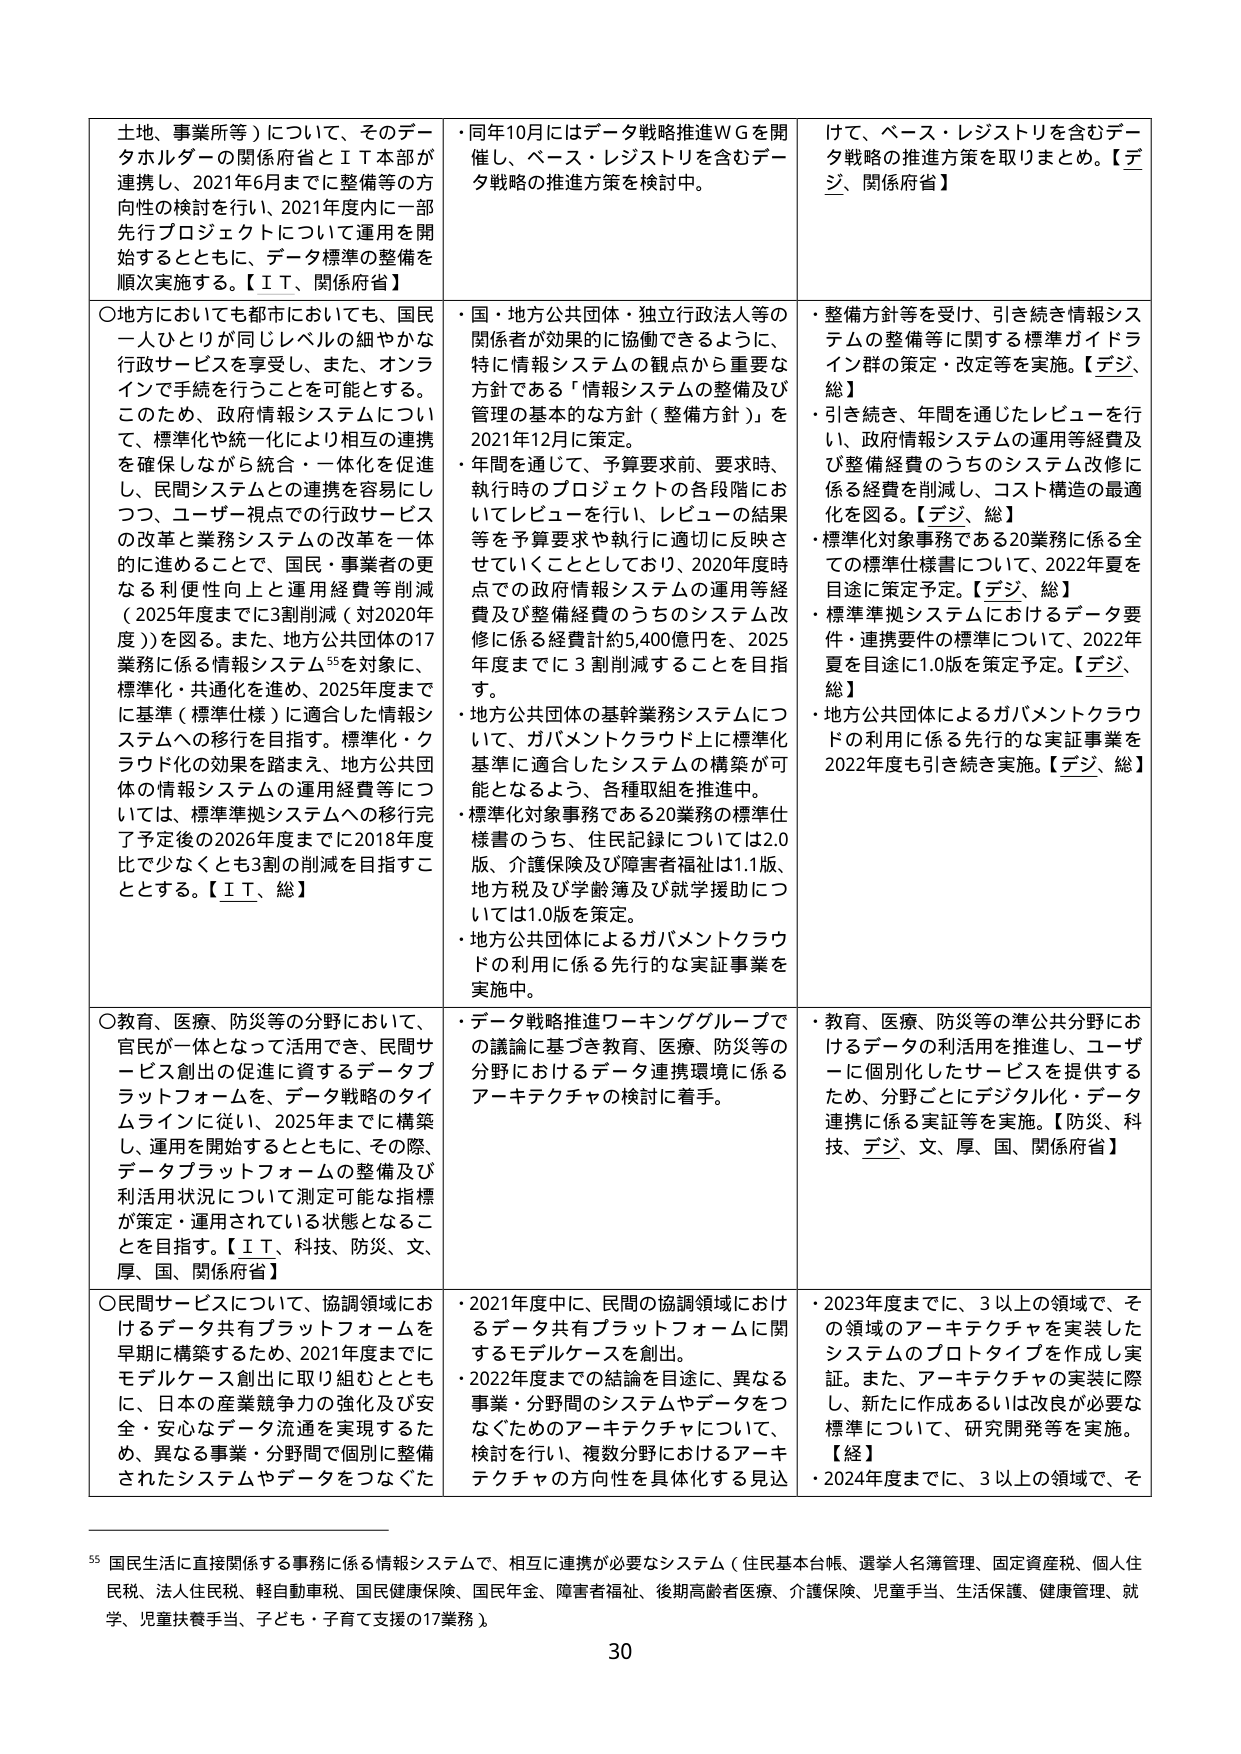
土地、事業所等）について、そのデータホルダーの関係府省とＩＴ本部が連携し、2021年6月までに整備等の方向性の検討を行い、2021年度内に一部先行プロジェクトについて運用を開始するとともに、データ標準の整備を順次実施する。【ＩＴ、関係府省】

○地方においても都市においても、国民一人ひとりが同じレベルの細やかな行政サービスを享受し、また、オンラインで手続を行うことを可能とする。このため、政府情報システムについて、標準化や統一化により相互の連携を確保しながら統合・一体化を促進し、民間システムとの連携を容易にしつつ、ユーザー視点での行政サービスの改善と業務システムの改革を一体的に進めることで、国民・事業者の更なる利便性向上と運用経費等削減（2025年度までに3割削減（対2020年度））を図る。また、地方公共団体の17業務に係る情報システム55を対象に、標準化・共通化を進め、2025年度までに基準（標準仕様）に適合した情報システムへの移行を目指す。標準化・クラウド化の効果を踏まえ、地方公共団体の情報システムの運用経費等については、標準準拠システムへの移行完了予定後の2026年度までに2018年度比で少なくとも3割の削減を目指すこととする。【ＩＴ、総】

○教育、医療、防災等の分野において、官民が一体となって活用でき、民間サービス創出の促進に資するデータプラットフォームを、データ戦略のタイムラインに従い、2025年までに構築し、運用を開始するとともに、その際、データプラットフォームの整備及び利活用状況について測定可能な指標が策定・運用されている状態となることを目指す。【ＩＴ、科技、防災、文、厚、国、関係府省】

○民間サービスについて、協調領域におけるデータ共有プラットフォームを早期に構築するため、2021年度までにモデルケース創出に取り組むととも、日本の産業競争力の強化及び安全・安心なデータ流通を実現するため、異なる事業・分野間で個別に整備されたシステムやデータをつなぐた

・同年10月にはデータ戦略推進ＷＧを開催し、ベース・レジストリを含むデータ戦略の推進方策を検討中。

・国・地方公共団体・独立行政法人等の関係者が効果的に協働できるように、特に情報システムの観点から重要な方針である「情報システムの整備及び管理の基本的な方針（整備方針）」を2021年12月に策定。

・年間を通じて、予算要求前、要求時、執行時のプロジェクトの各段階においてレビューを行い、レビューの結果等を予算要求や執行に適切に反映させていくこととしており、2020年度時点での政府情報システムの運用等経費及び整備経費のうちのシステム改修に係る経費計約5,400億円を、2025年度までに3割削減することを目指す。

・地方公共団体の基幹業務システムについて、ガバメントクラウド上に標準化基準に適合したシステムの構築が可能となるよう、各種取組を推進中。

・標準化対象事務である20業務の標準仕様書のうち、住民記録については2.0版、介護保険及び障害者福祉は1.1版、地方税及び学齢簿及び就学援助については1.0版を策定。

・地方公共団体によるガバメントクラウドの利用に係る先行的な実証事業を実施中。

・データ戦略推進ワーキンググループでの議論に基づき教育、医療、防災等の分野におけるデータ連携環境に係るアーキテクチャの検討に着手。

・2021年度中に、民間の協調領域におけるデータ共有プラットフォームに関するモデルケースを創出。

・2022年度までの結論を目途に、異なる事業・分野間のシステムやデータをつなぐためのアーキテクチャについて、検討を行い、複数分野におけるアーキテクチャの方向性を具体化する見込

・整備方針等を受け、引き続き情報システムの整備等に関する標準ガイドライン群の策定・改定等を実施。【デジ、総】

・引き続き、年間を通じたレビューを行い、政府情報システムの運用等経費及び整備経費のうちのシステム改修に係る経費を削減し、コスト構造の最適化を図る。【デジ、総】

・標準化対象事務である20業務に係る全ての標準仕様書について、2022年夏を目途に策定予定。【デジ、総】

・標準準拠システムにおけるデータ要件・連携要件の標準について、2022年夏を目途に1.0版を策定予定。【デジ、総】

・地方公共団体によるガバメントクラウドの利用に係る先行的な実証事業を2022年度も引き続き実施。【デジ、総】

・教育、医療、防災等の準公共分野におけるデータの利活用を推進し、ユーザーに個別化したサービスを提供するため、分野ごとにデジタル化・データ連携に係る実証等を実施。【防災、科技、デジ、文、厚、国、関係府省】

・2023年度までに、3以上の領域で、その領域のアーキテクチャを実装したシステムのプロトタイプを作成し実証。また、アーキテクチャの実装に際し、新たに作成あるいは改良が必要な標準について、研究開発等を実施。【経】

・2024年度までに、3以上の領域で、そ

55 国民生活に直接関係する事務に係る情報システムで、相互に連携が必要なシステム（住民基本台帳、選挙人名簿管理、固定資産税、個人住民税、法人住民税、軽自動車税、国民健康保険、国民年金、障害者福祉、後期高齢者医療、介護保険、児童手当、生活保護、健康管理、就学、児童扶養手当、子ども・子育て支援の17業務）。

30